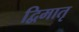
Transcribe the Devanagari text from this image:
द्विमातृ